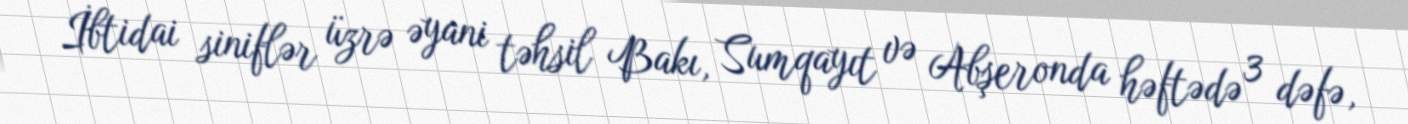
İbtidai siniflər üzrə əyani təhsil Bakı, Sumqayıt və Abşeronda həftədə 3 dəfə,